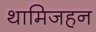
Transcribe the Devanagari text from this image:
थामिजहन